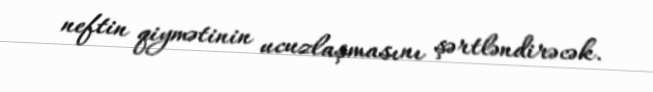
neftin qiymətinin ucuzlaşmasını şərtləndirəcək.